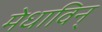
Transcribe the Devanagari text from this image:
मेधाविन्